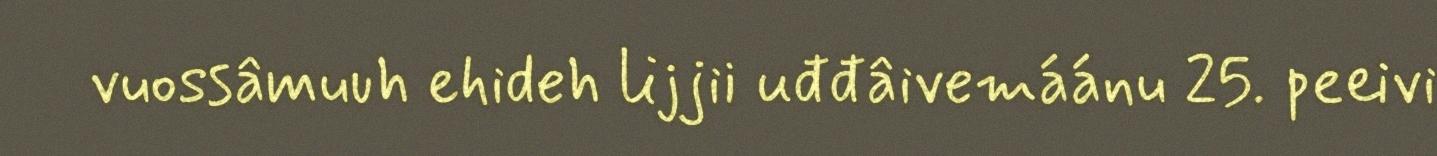
vuossâmuuh ehideh lijjii uđđâivemáánu 25. peeivi